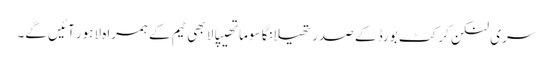
سری لنکن کرکٹ بورڈ کے صدر تھیلانگا سوماتھیپالا بھی ٹیم کے ہمراہ لاہور آئیں گے۔